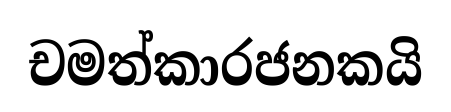
චමත්කාරජනකයි